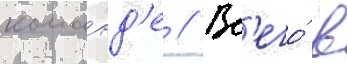
кома́нд'е // Вс'его́ в